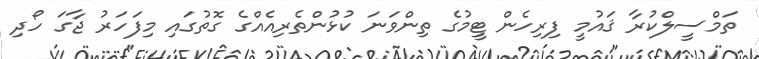
ތަމްސީލްކުރާ ޤައުމީ ފިރިހެން ޓީމުގެ ތިންވަނަ ކުޅުންތެރިއެއްގެ ގޮތުގައި މިފަހަރު ޖާގަ ހޯދި